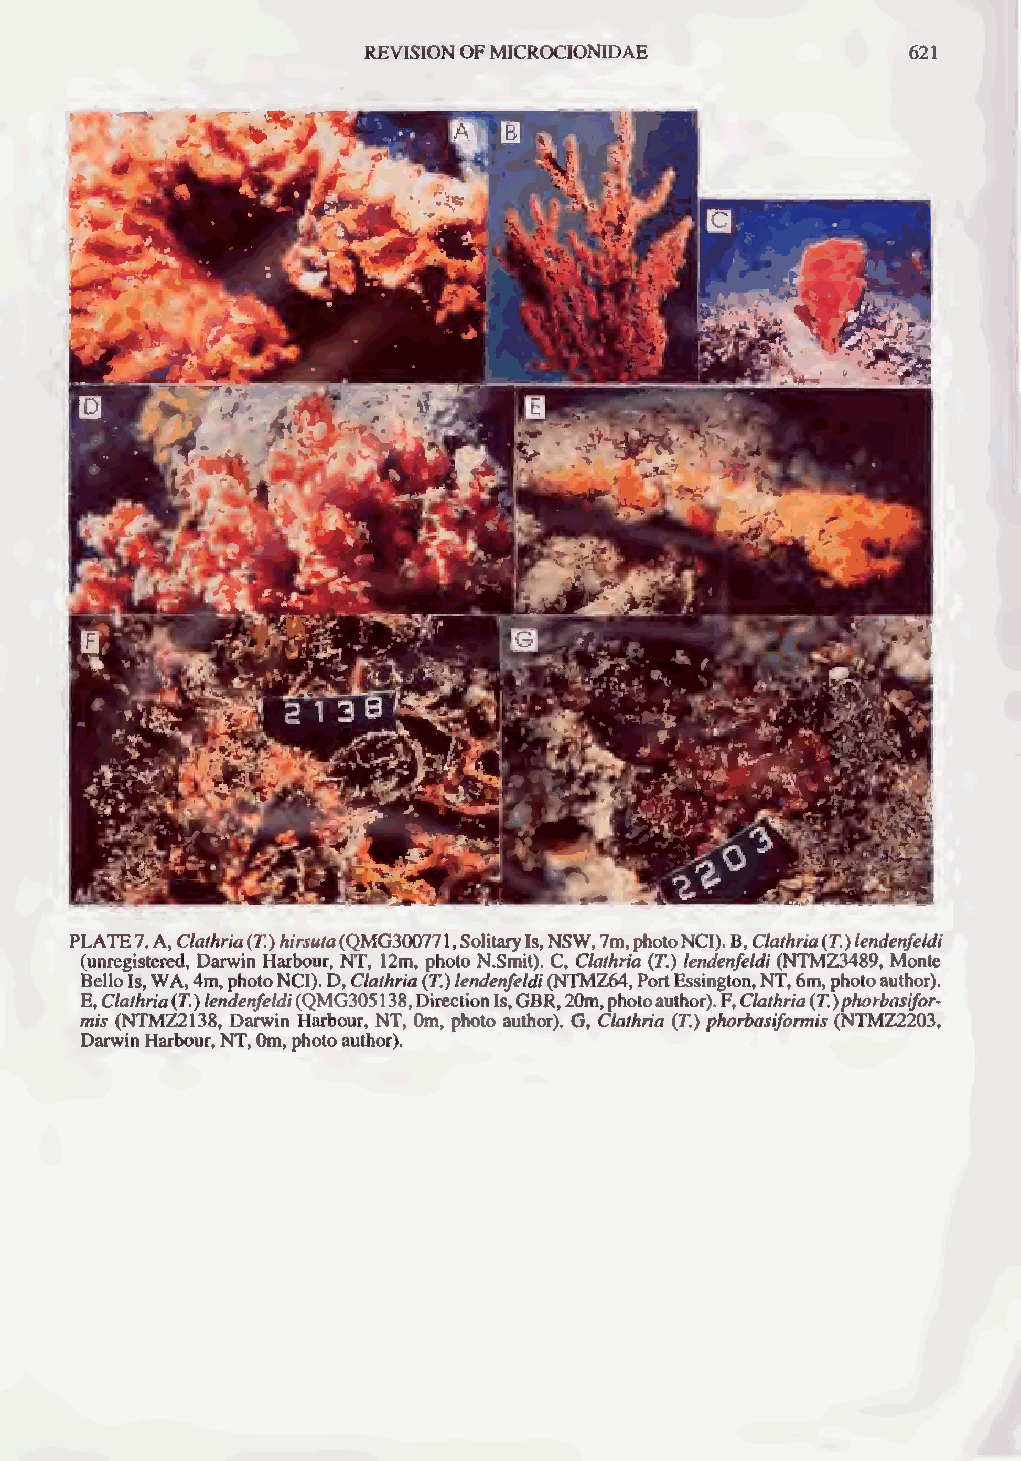
REVISIONOFMICROCIONIDAE             621
 PLATE 7.A,Clathria(7.)hirsute(QMG30077 1,SolitaryIs,NSW,7m,photoNCI).B,Clathria(T.)lendenfeldi
 (unregistered, Darwin Harbour, NT, 12m, photo N.Smit). C, Clathria (T.) lendenfeldi(NTMZ3489, Monte
 BelloIs,WA,4m,photoNCI).D,Clathria(T.)lendenfeldi(NTMZ64,PortEssington,NT,6m,photoauthor).
 E,Clathria(T.)lendenfeldi(QMG305 138,DirectionIs,GBR,20m,photoauthor).F,Clathria(T.)phorbasifor-
 mis (NTMZ2138, Darwin Harbour, NT, 0m, photo author). G, Clathria (T.) phorbasiformis (NTMZ2203,
 DarwinHarbour,NT,0m,photoauthor).